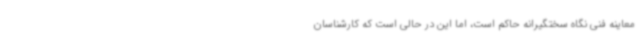
معاینه فنی نگاه سختگیرانه حاکم است، اما این در حالی است که کارشناسان